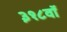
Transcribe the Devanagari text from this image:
३१८वॉ